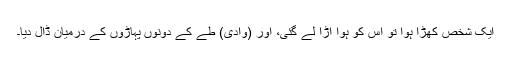
ایک شخص کھڑا ہوا تو اس کو ہوا اڑا لے گئی، اور (وادی) طے کے دونوں پہاڑوں کے درمیان ڈال دیا۔